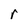
Character: r